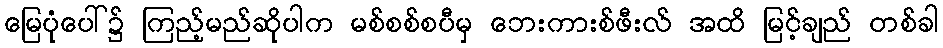
မြေပုံပေါ်၌ ကြည့်မည်ဆိုပါက မစ်စစ်စပီမှ ဘေးကားစ်ဖီးလ် အထိ မြင့်ချည် တစ်ခါ